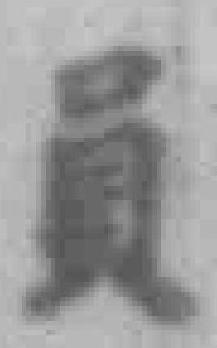
員